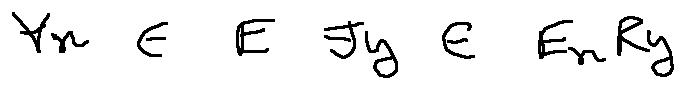
\forall x \in E \exists y \in E x R y